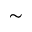
\sim